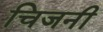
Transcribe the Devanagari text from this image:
चिजनी